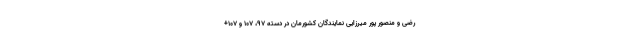
رضی و منصور پور میرزایی نمایندگان کشورمان در دسته ۹۷، ۱۰۷ و ۱۰۷+